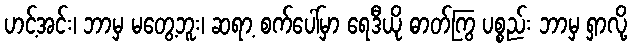
ဟင့်အင်း၊ ဘာမှ မတွေ့ဘူး၊ ဆရာ့ စက်ပေါ်မှာ ရေဒီယို ဓာတ်ကြွ ပစ္စည်း ဘာမှ ရှာလို့